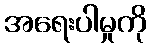
အရေးပါမှုကို